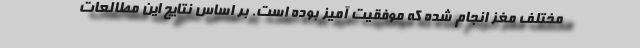
مختلف مغز انجام شده که موفقیت آمیز بوده است. بر اساس نتایج این مطالعات